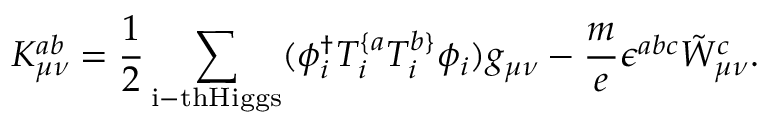
K _ { \mu \nu } ^ { a b } = \frac { 1 } { 2 } \sum _ { \mathrm { i - t h H i g g s } } ( \phi _ { i } ^ { \dag } T _ { i } ^ { \{ a } T _ { i } ^ { b \} } \phi _ { i } ) g _ { \mu \nu } - \frac { m } { e } \epsilon ^ { a b c } \tilde { W } _ { \mu \nu } ^ { c } .